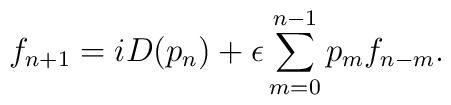
f_{n+1} = iD(p_n) + \epsilon \sum_{m=0}^{n-1} p_m f_{n-m}.